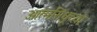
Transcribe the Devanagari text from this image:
आत्मसिंधूच्या